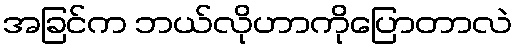
အခြင်က ဘယ်လိုဟာကိုပြောတာလဲ